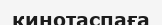
кинотаспаға